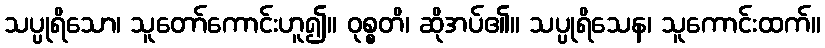
သပ္ပုရိသော၊ သူတော်ကောင်းဟူ၍။ ဝုစ္စတိ၊ ဆိုအပ်၏။ သပ္ပုရိသေန၊ သူကောင်းထက်။